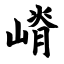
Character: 嵴